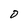
Character: D